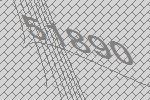
51890